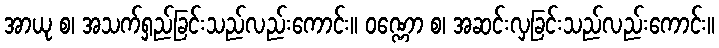
အာယု စ၊ အသက်ရှည်ခြင်းသည်လည်းကောင်း။ ဝဏ္ဏော စ၊ အဆင်းလှခြင်းသည်လည်းကောင်း။